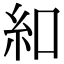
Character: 𫃜